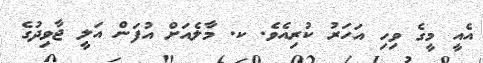
އެއީ މީގެ ވިހި އަހަރު ކުރިއެވެ. ކ. މާލެއަށް އުފަން އަލީ ޖާވިދުގެ